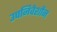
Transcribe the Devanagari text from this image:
उपनिवेशोंन